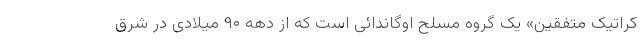
کراتیک متفقین» یک گروه مسلح اوگاندائی است که از دهه ۹۰ میلادی در شرق